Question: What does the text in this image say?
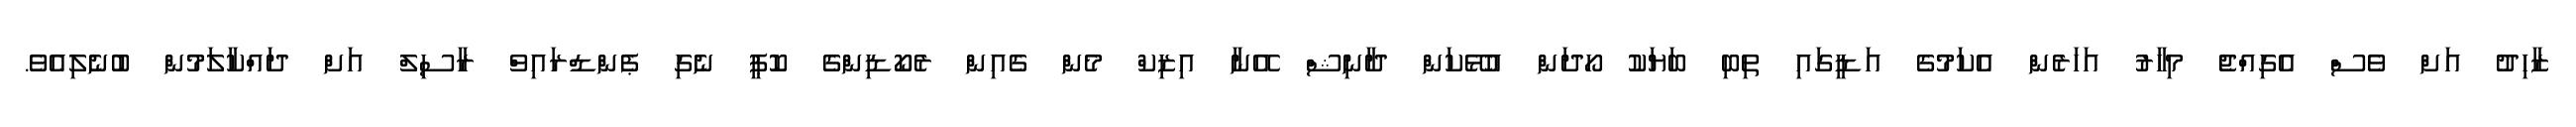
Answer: ޒާހިދު އަށް ވެސް އެގިއްޖެ މިހާރު އަހަރެން އެކަމުގެ އަޑީގައި ތިބި ބަޔަކު ހޯދަން އުޅޭކަން ދާނިޝް އޭނާ އިޒިކް މެން ގެއިން ރެކޯޑިންގެ ކޮޕީ ނެގި ޕެންޑްރައިވް ރާސިލް އަށް ދައްކާލަމުން ބުނެލިއެވެ.